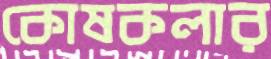
কোষকলার